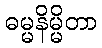
ဓမ္မနိမ္မိတာ